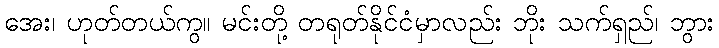
အေး၊ ဟုတ်တယ်ကွ။ မင်းတို့ တရုတ်နိုင်ငံမှာလည်း ဘိုး သက်ရှည်၊ ဘွား